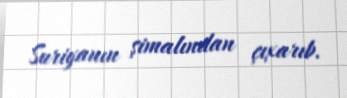
Suriyanın şimalından çıxarıb.